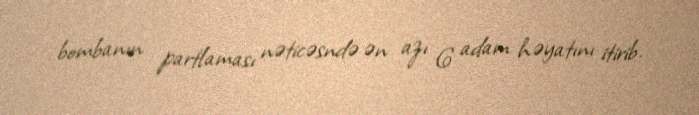
bombanın partlaması nəticəsndə ən azı 6 adam həyatını itirib.